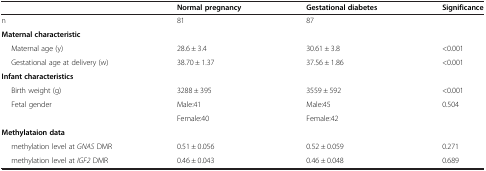
<table><thead><tr><td></td><td><b>Normal pregnancy</b></td><td><b>Gestational diabetes</b></td><td><b>Significance</b></td></tr></thead><tbody><tr><td>n</td><td>81</td><td>87</td><td></td></tr><tr><td><b>Maternal characteristic</b></td><td></td><td></td><td></td></tr><tr><td>Maternal age (y)</td><td>28.6 ± 3.4</td><td>30.61 ± 3.8</td><td>&lt;0.001</td></tr><tr><td>Gestational age at delivery (w)</td><td>38.70 ± 1.37</td><td>37.56 ± 1.86</td><td>&lt;0.001</td></tr><tr><td><b>Infant characteristics</b></td><td></td><td></td><td></td></tr><tr><td>Birth weight (g)</td><td>3288 ± 395</td><td>3559 ± 592</td><td>&lt;0.001</td></tr><tr><td rowspan="2">Fetal gender</td><td>Male:41</td><td>Male:45</td><td rowspan="2">0.504</td></tr><tr><td>Female:40</td><td>Female:42</td></tr><tr><td><b>Methylataion data</b></td><td></td><td></td><td></td></tr><tr><td>methylation level at <i>GNAS</i> DMR</td><td>0.51 ± 0.056</td><td>0.52 ± 0.059</td><td>0.271</td></tr><tr><td>methylation level at <i>IGF2</i> DMR</td><td>0.46 ± 0.043</td><td>0.46 ± 0.048</td><td>0.689</td></tr></tbody></table>